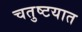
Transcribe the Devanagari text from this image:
चतुष्टयात